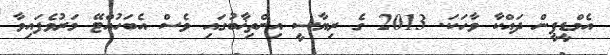
އެމްޑީޕީން ދައްކާ ވާހަކަ. 2013 ގެ ރިޔާސީ އިންތިޚާބުގައި ވެސް އެބަހުއްޓޭ މަރުވެފައިވާ